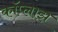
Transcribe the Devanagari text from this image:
कॉप्लाझ